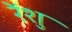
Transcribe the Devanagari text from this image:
रेंशु